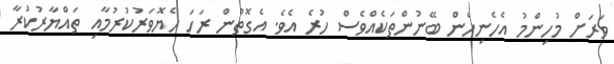
ވަރަށް މުހިންމު އެހެނިހެން ބޭނުންތަކެއްވެސް ހުރެ އެވެ. އެގޮތުން ރަހަ ހެޔޮވަރުކުރުމާއި ތައްޔާރުކުރާ